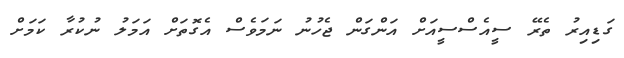
ގަޑިއިރު ތެރޭ ސީއެސްސީއަށް އަންގަން ޖެހުނު ނަމަވެސް އެގޮތަށް އަމަލު ނުކުރާ ކަމަށް